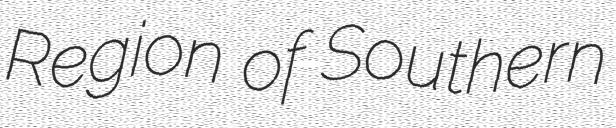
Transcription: Region of Southern